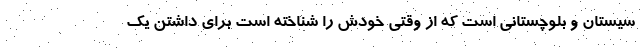
سیستان و بلوچستانی است که از وقتی خودش را شناخته است برای داشتن یک